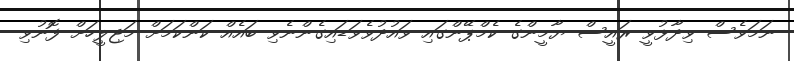
ނަމަވެސް ވިދާޅުވީ ރައީސް ޔާމީންގެ ކެމްޕޭންގައި ވައުދުވެވަޑައިގެންނެވި ބައެއް ކަންކަމަށް މަޖިލީހަށް ފޮނުވި